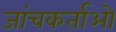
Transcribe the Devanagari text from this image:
जांचकर्ताओ